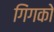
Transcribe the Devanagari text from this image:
गिंगको